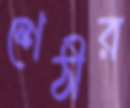
শেঠীর